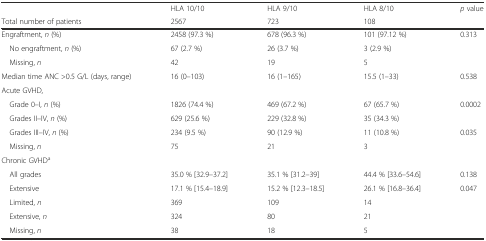
<table><thead><tr><td></td><td><b>HLA 10/10</b></td><td><b>HLA 9/10</b></td><td><b>HLA 8/10</b></td><td><b><i>p</i> value</b></td></tr><tr><td><b>Total number of patients</b></td><td><b>2567</b></td><td><b>723</b></td><td><b>108</b></td><td></td></tr></thead><tbody><tr><td>Engraftment, <i>n</i> (%)</td><td>2458 (97.3 %)</td><td>678 (96.3 %)</td><td>101 (97.12 %)</td><td>0.313</td></tr><tr><td> No engraftment, <i>n</i> (%)</td><td>67 (2.7 %)</td><td>26 (3.7 %)</td><td>3 (2.9 %)</td><td></td></tr><tr><td> Missing, <i>n</i></td><td>42</td><td>19</td><td>5</td><td></td></tr><tr><td>Median time ANC &gt;0.5 G/L (days, range)</td><td>16 (0–103)</td><td>16 (1–165)</td><td>15.5 (1–33)</td><td>0.538</td></tr><tr><td>Acute GVHD,</td><td></td><td></td><td></td><td></td></tr><tr><td> Grade 0–I, <i>n</i> (%)</td><td>1826 (74.4 %)</td><td>469 (67.2 %)</td><td>67 (65.7 %)</td><td>0.0002</td></tr><tr><td> Grades II–IV, <i>n</i> (%)</td><td>629 (25.6 %)</td><td>229 (32.8 %)</td><td>35 (34.3 %)</td><td></td></tr><tr><td> Grades III–IV, <i>n</i> (%)</td><td>234 (9.5 %)</td><td>90 (12.9 %)</td><td>11 (10.8 %)</td><td>0.035</td></tr><tr><td> Missing, <i>n</i></td><td>75</td><td>21</td><td>3</td><td></td></tr><tr><td>Chronic GVHD<sup>a</sup></td><td></td><td></td><td></td><td></td></tr><tr><td> All grades</td><td>35.0 % [32.9–37.2]</td><td>35.1 % [31.2–39]</td><td>44.4 % [33.6–54.6]</td><td>0.138</td></tr><tr><td> Extensive</td><td>17.1 % [15.4–18.9]</td><td>15.2 % [12.3–18.5]</td><td>26.1 % [16.8–36.4]</td><td>0.047</td></tr><tr><td> Limited, <i>n</i></td><td>369</td><td>109</td><td>14</td><td></td></tr><tr><td> Extensive, <i>n</i></td><td>324</td><td>80</td><td>21</td><td></td></tr><tr><td> Missing, <i>n</i></td><td>38</td><td>18</td><td>5</td><td></td></tr></tbody></table>